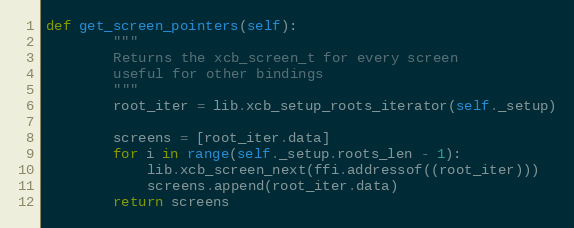
Language: Python
def get_screen_pointers(self):
        """
        Returns the xcb_screen_t for every screen
        useful for other bindings
        """
        root_iter = lib.xcb_setup_roots_iterator(self._setup)

        screens = [root_iter.data]
        for i in range(self._setup.roots_len - 1):
            lib.xcb_screen_next(ffi.addressof((root_iter)))
            screens.append(root_iter.data)
        return screens